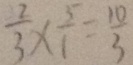
\frac { 2 } { 3 } \times \frac { 5 } { 1 } = \frac { 1 0 } { 3 }